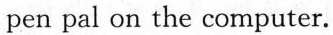
pen pal on the computer.